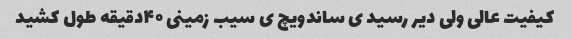
کیفیت عالی ولی دیر رسید ی ساندویچ ی سیب زمینی ۴۰دقیقه طول کشید